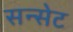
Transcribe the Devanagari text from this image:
सन्सेट